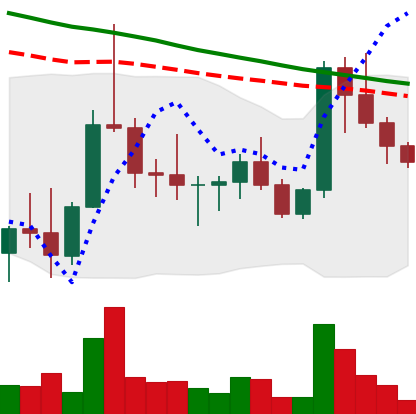
Ticker: DOGE-USD
Chart end date: 2022-10-08
Forward return: -3.249%
Label: down_3_5